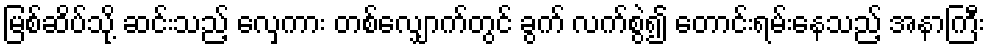
မြစ်ဆိပ်သို့ ဆင်းသည့် လှေကား တစ်လျှောက်တွင် ခွက် လက်စွဲ၍ တောင်းရမ်းနေသည့် အနာကြီး